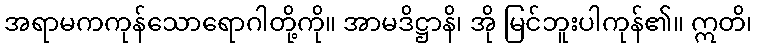
အရာမကကုန်သောရောဂါတို့ကို။ အာမဒိဋ္ဌာနိ၊ အို မြင်ဘူးပါကုန်၏။ ဣတိ၊